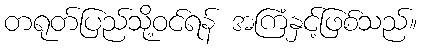
တရုတ်ပြည်သို့ဝင်ရန် အကြံနှင့်ဖြစ်သည်။